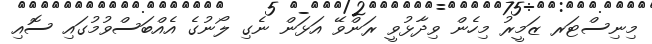
މިނިސްޓަރ ޒަމީރު މިހެން ވިދާޅުވީ ރަންވޭ އަޅަން ނެގި ލޯނުގެ އެއްބަސްވުމުގައި ސޮއި